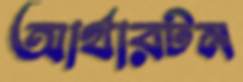
আর্থারটন